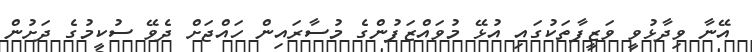
އޭނާ ވިދާޅުވީ ވަޒީފާތަކުގައި އުޅޭ މުވައްޒަފުންގެ މުސާރައިން ހައްޖަށް ދެވޭ ސުކީމުގެ ދަށުން